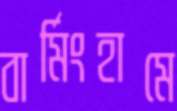
বার্মিংহামে